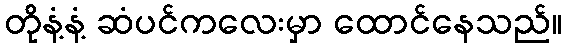
တိုနံ့နံ့ ဆံပင်ကလေးမှာ ထောင်နေသည်။